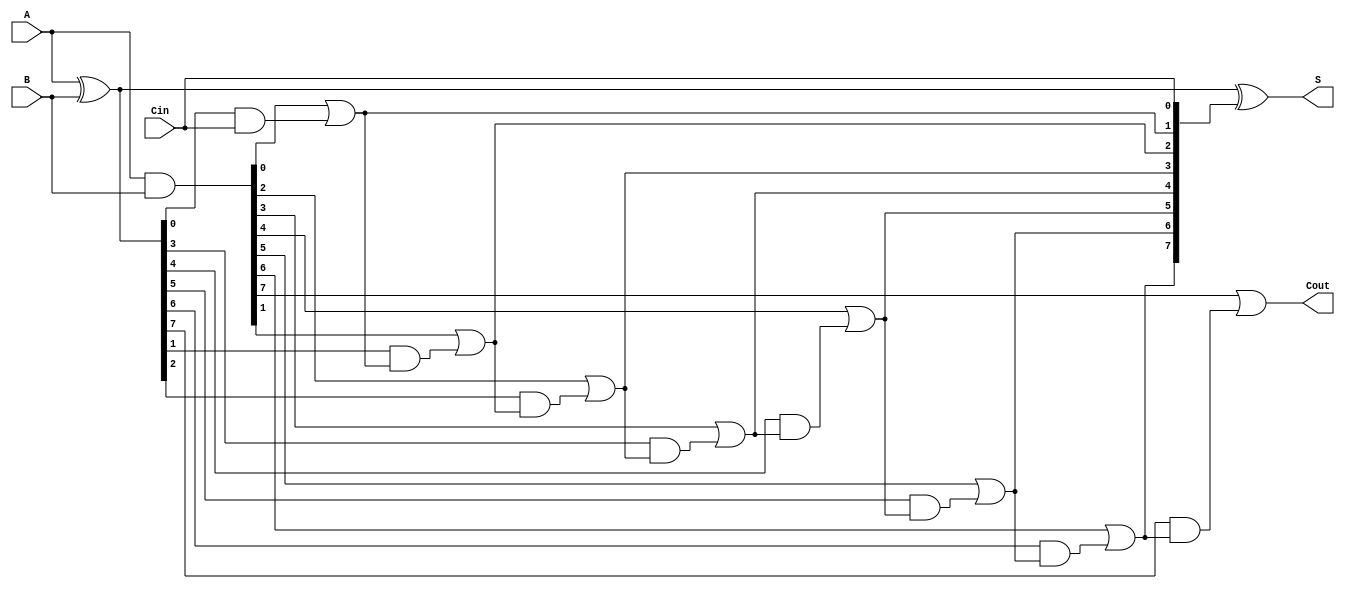
module Parallel_Prefix_Adder #(
    parameter N = 8  // Parameter for bit width
)(
    input  wire [N-1:0] A,      // First input
    input  wire [N-1:0] B,      // Second input
    input  wire Cin,             // Carry-in
    output wire [N-1:0] S,       // Sum output
    output wire Cout             // Carry-out
);

    // Generate and Propagate signals
    wire [N-1:0] G; // Generate signals
    wire [N-1:0] P; // Propagate signals
    wire [N:0] C;    // Carry signals (C[0] = Cin)

    // Generate and Propagate calculations
    assign G = A & B;              // G[i] = A[i] AND B[i]
    assign P = A ^ B;              // P[i] = A[i] XOR B[i]

    // Carry computation
    assign C[0] = Cin;             // C[0] = Cin

    genvar i;
    generate
        // Carry generation using Kogge-Stone prefix network
        for (i = 0; i < N; i = i + 1) begin : carry_generation
            if (i == 0) begin
                assign C[i + 1] = G[i] | (P[i] & C[i]); // C[1] = G[0] OR (P[0] AND C[0])
            end else begin
                assign C[i + 1] = G[i] | (P[i] & C[i]); // C[i+1] = G[i] OR (P[i] AND C[i])
            end
        end
    endgenerate

    // Sum calculation
    assign S = A ^ B ^ C[N-1:0]; // S[i] = A[i] XOR B[i] XOR C[i]

    // Final carry-out
    assign Cout = C[N]; // Cout = C[N]

endmodule